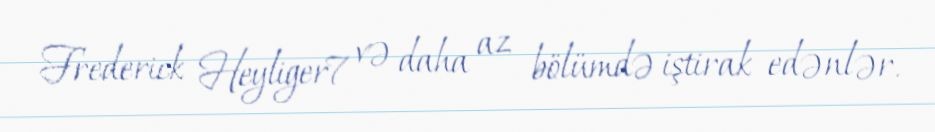
Frederick Heyliger7 və daha az bölümdə iştirak edənlər.